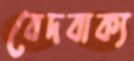
বেদবাক্য